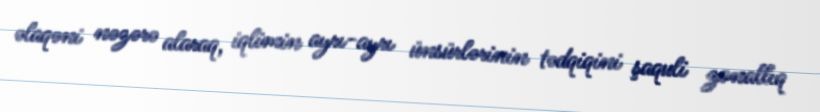
əlaqəni nəzərə alaraq, iqlimin ayrı-ayrı ünsürlərinin tədqiqini şaquli zonallıq